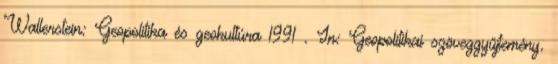
Wallerstein: Geopolitika és geokultúra 1991 . In: Geopolitikai szöveggyűjtemény.